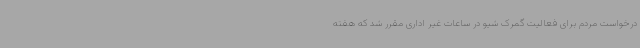
درخواست مردم برای فعالیت گمرک شیو در ساعات غیر اداری مقرر شد که هفته